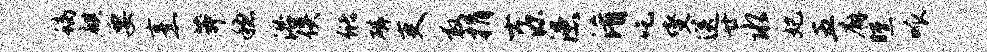
螭麒要烹莽稳浴佚储磷吏救捐士源漶淆吃燮送廿水妃五廨曛呱